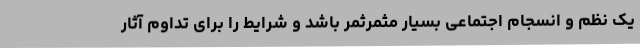
یک نظم و انسجام اجتماعی بسیار مثمرثمر باشد و شرایط را برای تداوم آثار